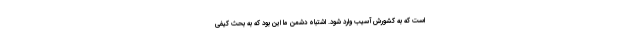
است که به کشورش آسیب وارد شود. اشتباه دشمن ما این بود که به بحث کیفی